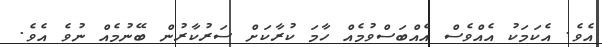
އެވެ. އެކަމަކު އެއްވެސް އެއްބަސްވުމެއް ހާމަ ކުރާކަށް ސަރުކާރުން ބޭނުމެއް ނުވެ އެވެ.